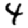
Digit: 4